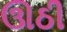
ઊઠી